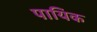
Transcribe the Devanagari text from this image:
पायिक